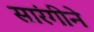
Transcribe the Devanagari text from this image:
सारंगीने